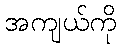
အကျယ်ကို